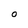
Character: O